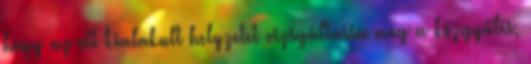
hogy az ott kialakult helyzetet vizsgáltassa meg a közgyűlés,